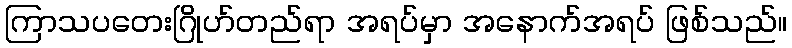
ကြာသပတေးဂြိုဟ်တည်ရာ အရပ်မှာ အနောက်အရပ် ဖြစ်သည်။